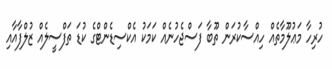
ހުރިހާ މަޢުލޫމާތެއް ހިއްސާކުރަން ތޫބާ ފަސްޖެހުނެއް ކަމަކު އެކްސިޑެންޓްގެ ކުޑަ ތަފްސީލެއް ޒުލްފާއާއި